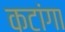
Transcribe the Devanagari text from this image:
कटांगा